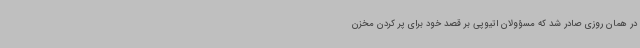
در همان روزی صادر شد که مسؤولان اتیوپی بر قصد خود برای پر کردن مخزن